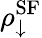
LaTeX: \rho_{\downarrow}^{\textrm{SF}}